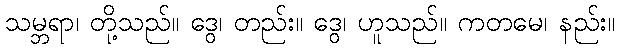
သမ္ဘရာ၊ တို့သည်။ ဒွေ၊ တည်း။ ဒွေ၊ ဟူသည်။ ကတမေ၊ နည်း။